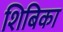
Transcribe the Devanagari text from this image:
शिबिका